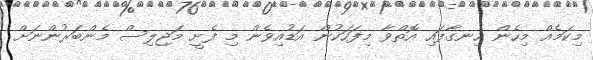
މިކަމެއް މިހެން ހިނގާފައި އޮތްވާ މިފަހަކުން އަޑުއިވެން މި ފެށީ މަޖިލިސް މެންބަރުންނަށް